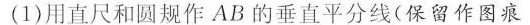
(1)用直尺和圆规作AB的垂直平分线(保留作图痕